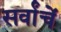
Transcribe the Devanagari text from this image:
सर्वांचें